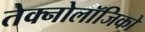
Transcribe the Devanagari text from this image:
तेक्नोलॉजिको